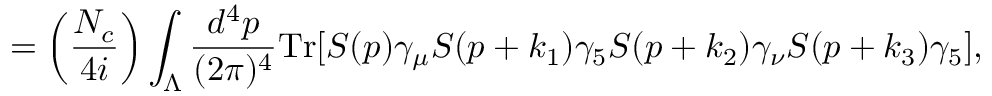
= \left( \frac { N _ { c } } { 4 i } \right) \int _ { \Lambda } \frac { d ^ { 4 } p } { ( 2 \pi ) ^ { 4 } } \mathrm { T r } [ S ( p ) \gamma _ { \mu } S ( p + k _ { 1 } ) \gamma _ { 5 } S ( p + k _ { 2 } ) \gamma _ { \nu } S ( p + k _ { 3 } ) \gamma _ { 5 } ] ,